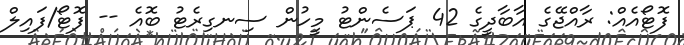
ފޮޓޯއެއް: ރާއްޖޭގެ އާބާދީގެ 42 ޕަސެންޓު މީހުން ސިނގިރެޓު ބޮއެ -- ފޮޓޯ/ފައިލް